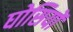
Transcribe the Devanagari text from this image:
घोसियों